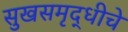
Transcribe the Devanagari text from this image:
सुखसमृद्धीचे